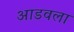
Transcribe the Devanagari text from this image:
आडवला